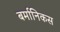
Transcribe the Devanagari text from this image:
बर्मानिकस